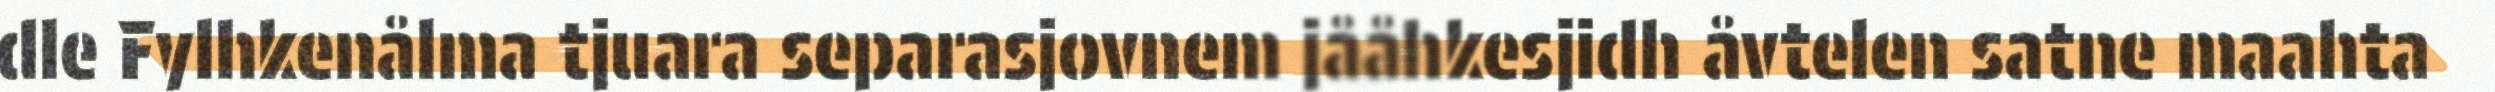
dle Fylhkenålma tjuara separasjovnem jååhkesjidh åvtelen satne maahta